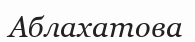
Аблахатова